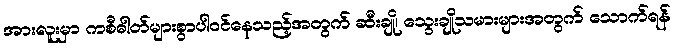
အားလူးမှာ ကစီဓါတ်များစွာပါဝင်နေသည့်အတွက် ဆီးချို၊ သွေးချိုသမားများအတွက် သောက်ရန်